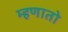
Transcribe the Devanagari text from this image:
म्हणातो